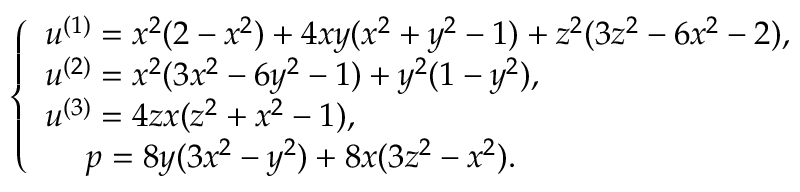
\left\{ \begin{array} { l l } { u ^ { ( 1 ) } = x ^ { 2 } ( 2 - x ^ { 2 } ) + 4 x y ( x ^ { 2 } + y ^ { 2 } - 1 ) + z ^ { 2 } ( 3 z ^ { 2 } - 6 x ^ { 2 } - 2 ) , } \\ { u ^ { ( 2 ) } = x ^ { 2 } ( 3 x ^ { 2 } - 6 y ^ { 2 } - 1 ) + y ^ { 2 } ( 1 - y ^ { 2 } ) , } \\ { u ^ { ( 3 ) } = 4 z x ( z ^ { 2 } + x ^ { 2 } - 1 ) , } \\ { \; \quad p = 8 y ( 3 x ^ { 2 } - y ^ { 2 } ) + 8 x ( 3 z ^ { 2 } - x ^ { 2 } ) . } \end{array} \right.